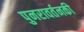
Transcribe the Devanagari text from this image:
पुनरावर्तनकी